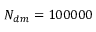
N _ { d m } = 1 0 0 0 0 0